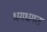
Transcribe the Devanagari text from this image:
धगधगत